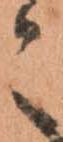
々